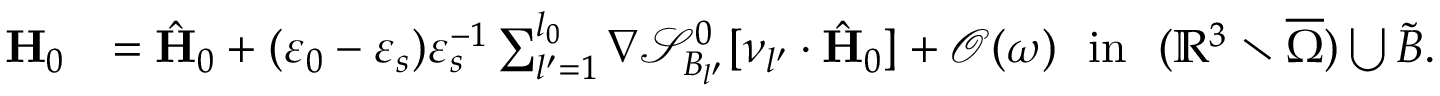
\begin{array} { r l } { \mathbf { H } _ { 0 } } & { = \hat { \mathbf { H } } _ { 0 } + ( \varepsilon _ { 0 } - \varepsilon _ { s } ) \varepsilon _ { s } ^ { - 1 } \sum _ { l ^ { \prime } = 1 } ^ { l _ { 0 } } \nabla \mathcal { S } _ { B _ { l ^ { \prime } } } ^ { 0 } [ \nu _ { l ^ { \prime } } \cdot \hat { \mathbf { H } } _ { 0 } ] + \mathcal { O } ( \omega ) \ \ \mathrm { i n } \ \ ( \mathbb { R } ^ { 3 } \setminus \overline { \Omega } ) \bigcup \tilde { B } . } \end{array}